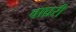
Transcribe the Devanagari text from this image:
वाघ्ररी